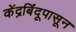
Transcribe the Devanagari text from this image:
केंद्रबिंदूपासून